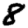
Digit: 8